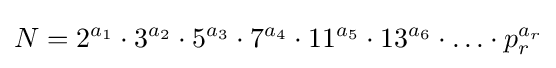
N=2^{a_{1}}\cdot 3^{a_{2}}\cdot 5^{a_{3}}\cdot 7^{a_{4}}\cdot 11^{a_{5}}\cdot 13^{a_{6}}\cdot \ldots \cdot p_{r}^{a_{r}}